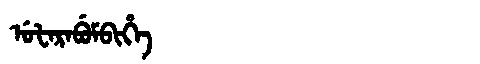
Manchu: ᡠᡶᠠᡵᠠᠪᡠᠮᠪᡳᡥᡝ
Romanization: UFARABUMBIHE